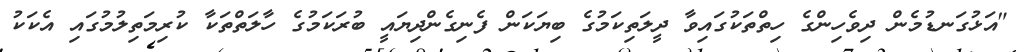
"އަޅުގަނޑުމެން ދިވެހިންގެ ހިތްތަކުގައިވާ ދީލަތިކަމުގެ ބިޔަކަން ފެނިގެންދިޔައީ ބުރަކަމުގެ ހާލަތްތަކާ ކުރިމަތިލުމުގައި އެކަކު